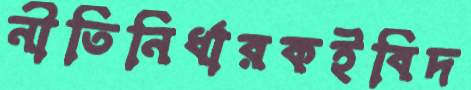
নীতিনির্ধারকইবিদ